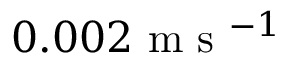
0 . 0 0 2 \textnormal { m s } ^ { - 1 }